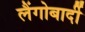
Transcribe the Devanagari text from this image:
लैंगोबार्दी